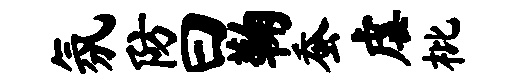
氛防曰鞠蚕虐枇